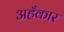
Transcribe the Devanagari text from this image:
अहँकार